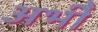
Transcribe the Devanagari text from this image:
अभीे